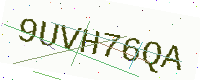
Text: 9UVH76QA